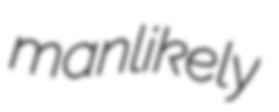
manlikely